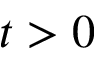
t > 0